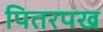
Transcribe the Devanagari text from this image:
पितरपख